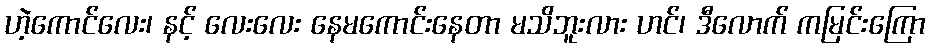
ဟဲ့ကောင်လေး၊ နင့် လေးလေး နေမကောင်းနေတာ မသိဘူးလား ဟင်၊ ဒီလောက် ကမြင်းကြော